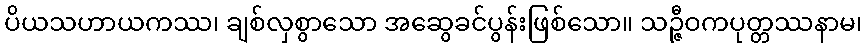
ပိယသဟာယကဿ၊ ချစ်လှစွာသော အဆွေခင်ပွန်းဖြစ်သော။ သဉ္ဇီဝကပုတ္တဿနာမ၊